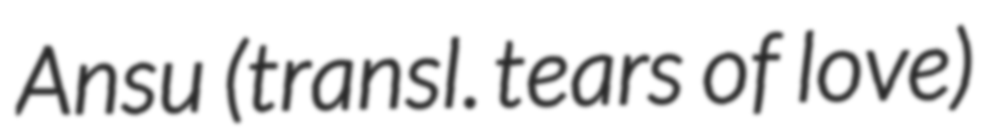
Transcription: Ansu (transl. tears of love)